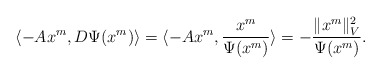
\begin{align*}\langle -Ax^m, D\Psi(x^m)\rangle=\langle -Ax^m, \frac{x^m}{\Psi(x^m)} \rangle=-\frac{\|x^m\|_V^2}{\Psi(x^m)}.\end{align*}